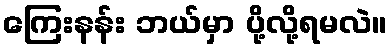
ကြေးနန်း ဘယ်မှာ ပို့လို့ရမလဲ။